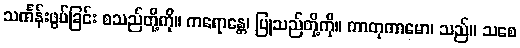
သင်္ကန်းဖွပ်ခြင်း စသည်တို့ကို။ ကရောန္တေ၊ ပြုသည်တို့ကို။ ကာတုကာမော၊ သည်။ သစေ